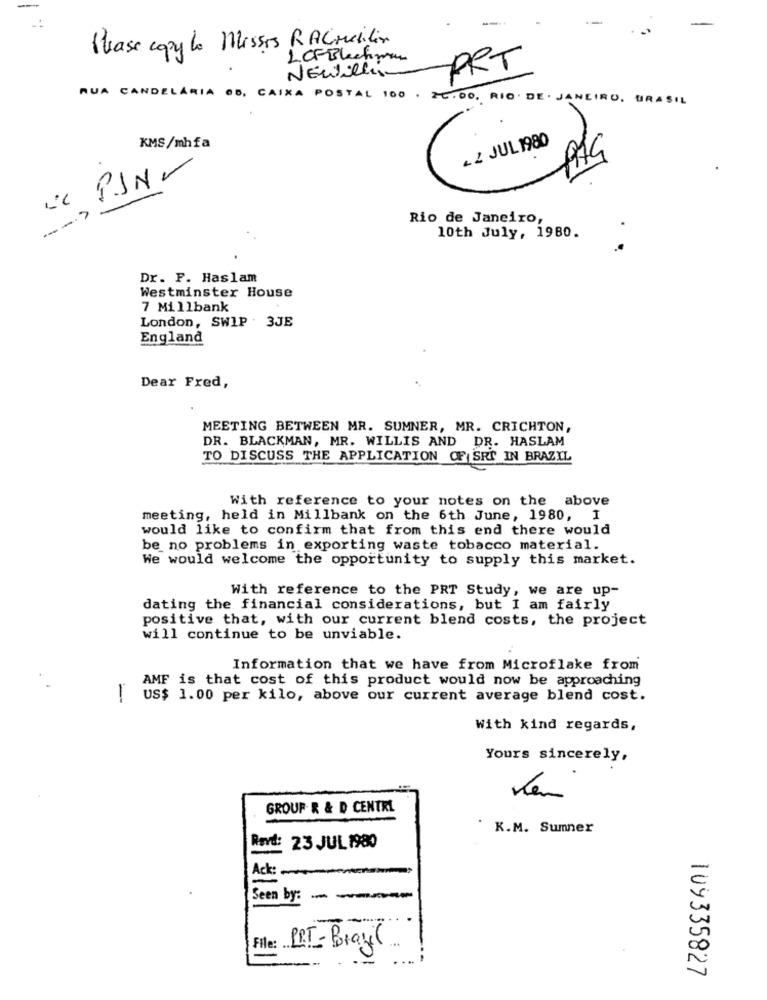
Phase copy lo Misses RALMeilin
L CFBlackman
PRT
NEWillis
RUA CANDELARIA 66, CAIXA POSTAL 100 . 26.00. RIO DE JANEIRO, BRASIL
-2 JUL 1980
KMS/mhfa
1
Rio de Janeiro,
10th July, 1980.
Dr. F. Haslam
Westminster House
7 Millbank
London, SWIP . 3JE
England
Dear Fred,
MEETING BETWEEN MR. SUMNER, MR. CRICHTON,
DR. BLACKMAN, MR. WILLIS AND DR. HASLAM
TO DISCUSS THE APPLICATION OF SRI IN BRAZIL
With reference to your notes on the above
meeting, held in Millbank on the 6th June, 1980, I
would like to confirm that from this end there would
be no problems in exporting waste tobacco material.
We would welcome the opportunity to supply this market.
With reference to the PRT Study, we are up-
dating the financial considerations, but I am fairly
positive that, with our current blend costs, the project
will continue to be unviable.
Information that we have from Microflake from
AMF is that cost of this product would now be approaching
! us$ 1.00 per kilo, above our current average blend cost.
With kind regards,
Yours sincerely,
GROUP. R & D CENTRI
K.M. Sumner
Rerd: 23 JUL 1980
Ack: .
Seen by:
Fille: PIT-Brasil
109335827